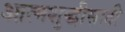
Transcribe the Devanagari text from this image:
आत्मशुद्धीसाठी